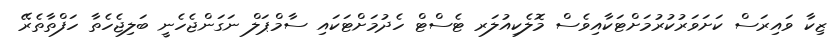
ޒިކާ ވައިރަސް ކަށަވަރުކުރުމަށްޓަކާއިވެސް މޮލެކިއުލަރ ޓެސްޓް ހެދުމަށްޓަކައި ސާމްޕަލް ނަގަންޖެހެނީ ބަލިޖެހެތާ ހަފްތާތެރޭ